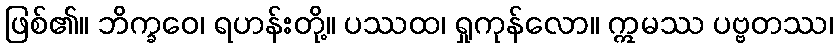
ဖြစ်၏။ ဘိက္ခဝေ၊ ရဟန်းတို့။ ပဿထ၊ ရှုကုန်လော။ ဣမဿ ပဗ္ဗတဿ၊